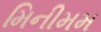
મિનીમમ